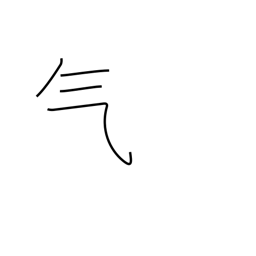
Meaning: steam radical (no. 84)